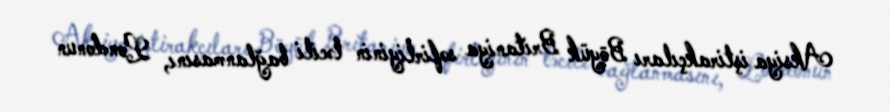
Aksiya iştirakçıları Böyük Britaniya səfirliyinin təcili bağlanmasını, Londonun